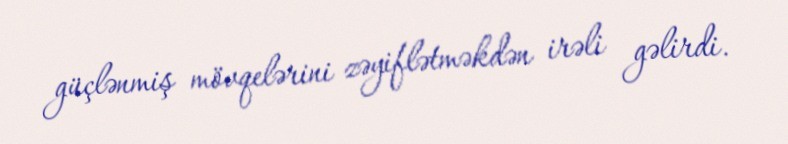
güçlənmiş mövqelərini zəyiflətməkdən irəli gəlirdi.